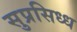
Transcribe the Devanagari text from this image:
सुप्रसिध्ध